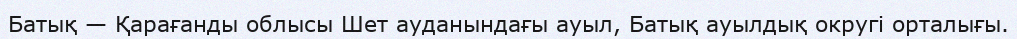
Батық — Қарағанды облысы Шет ауданындағы ауыл, Батық ауылдық округі орталығы.